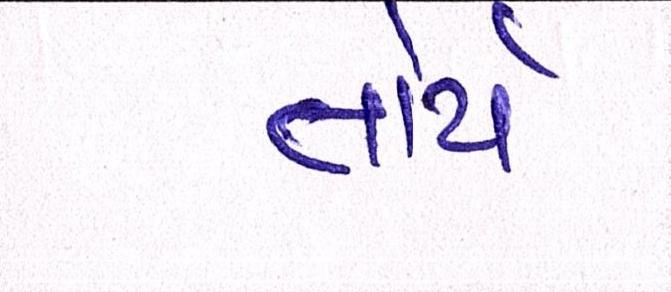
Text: તોયે